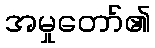
အမှုတော်၏